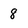
Character: 8